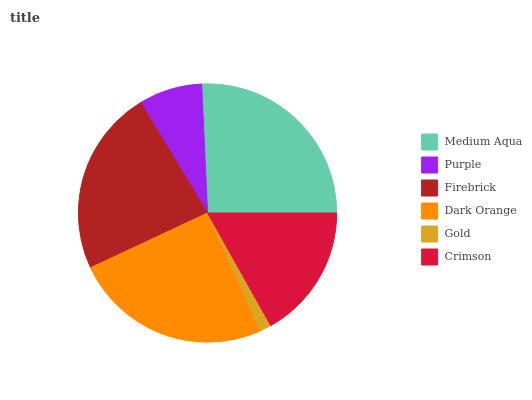
| Medium Aqua | Purple | Firebrick | Dark Orange | Gold | Crimson |
 | --- | --- | --- | --- | --- | --- |
 | 25.8% | 7.92% | 23.2% | 24.8% | 1.39% | 16.9% |